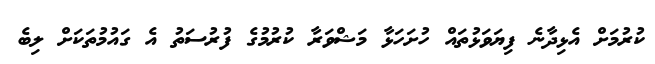
ކުރުމަށް އެޅިދާނެ ފިޔަވަޅުތައް ހުށަހަޅާ މަޝްވަރާ ކުރުމުގެ ފުރުސަތު އެ ގައުމުތަކަށް ލިބެ